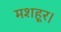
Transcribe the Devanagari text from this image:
मशहूर।